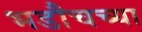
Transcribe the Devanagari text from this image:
भडौचच्या